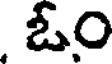
ఓం